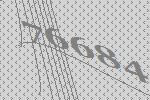
76684